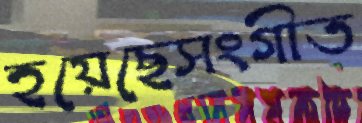
হয়েছেসংগীত